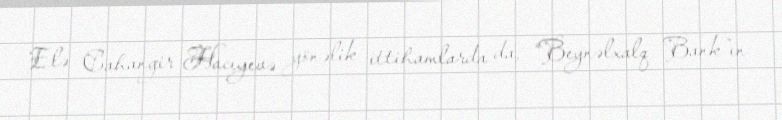
Elə Cahangir Hacıyevə yönəlik ittihamlarda da, “Beynəlxalq Bank”ın